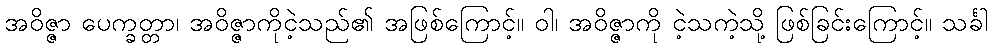
အဝိဇ္ဇာ ပေက္ခတ္တာ၊ အဝိဇ္ဇာကိုငဲ့သည်၏ အဖြစ်ကြောင့်။ ဝါ၊ အဝိဇ္ဇာကို ငဲ့သကဲ့သို့ ဖြစ်ခြင်းကြောင့်။ သင်္ခါ